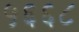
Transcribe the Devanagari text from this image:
५६६८